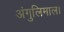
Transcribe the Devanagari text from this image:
अंगुलिमाल।